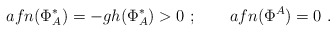
\begin{align*}afn(\Phi ^*_A)=-gh(\Phi ^*_A) >0 \ ;\qquad afn(\Phi ^A)=0\ .\end{align*}